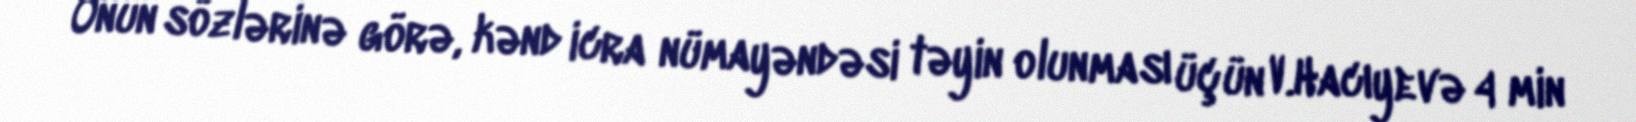
Onun sözlərinə görə, kənd icra nümayəndəsi təyin olunması üçün V.Hacıyevə 4 min